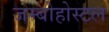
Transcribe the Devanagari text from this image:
जम्बोहोस्टल